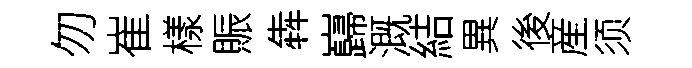
勿崔樣賑犇巋溉結異後産须